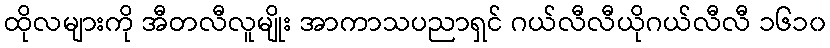
ထိုလများကို အီတလီလူမျိုး အာကာသပညာရှင် ဂယ်လီလီယိုဂယ်လီလီ ၁၆၁၀